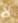
لا